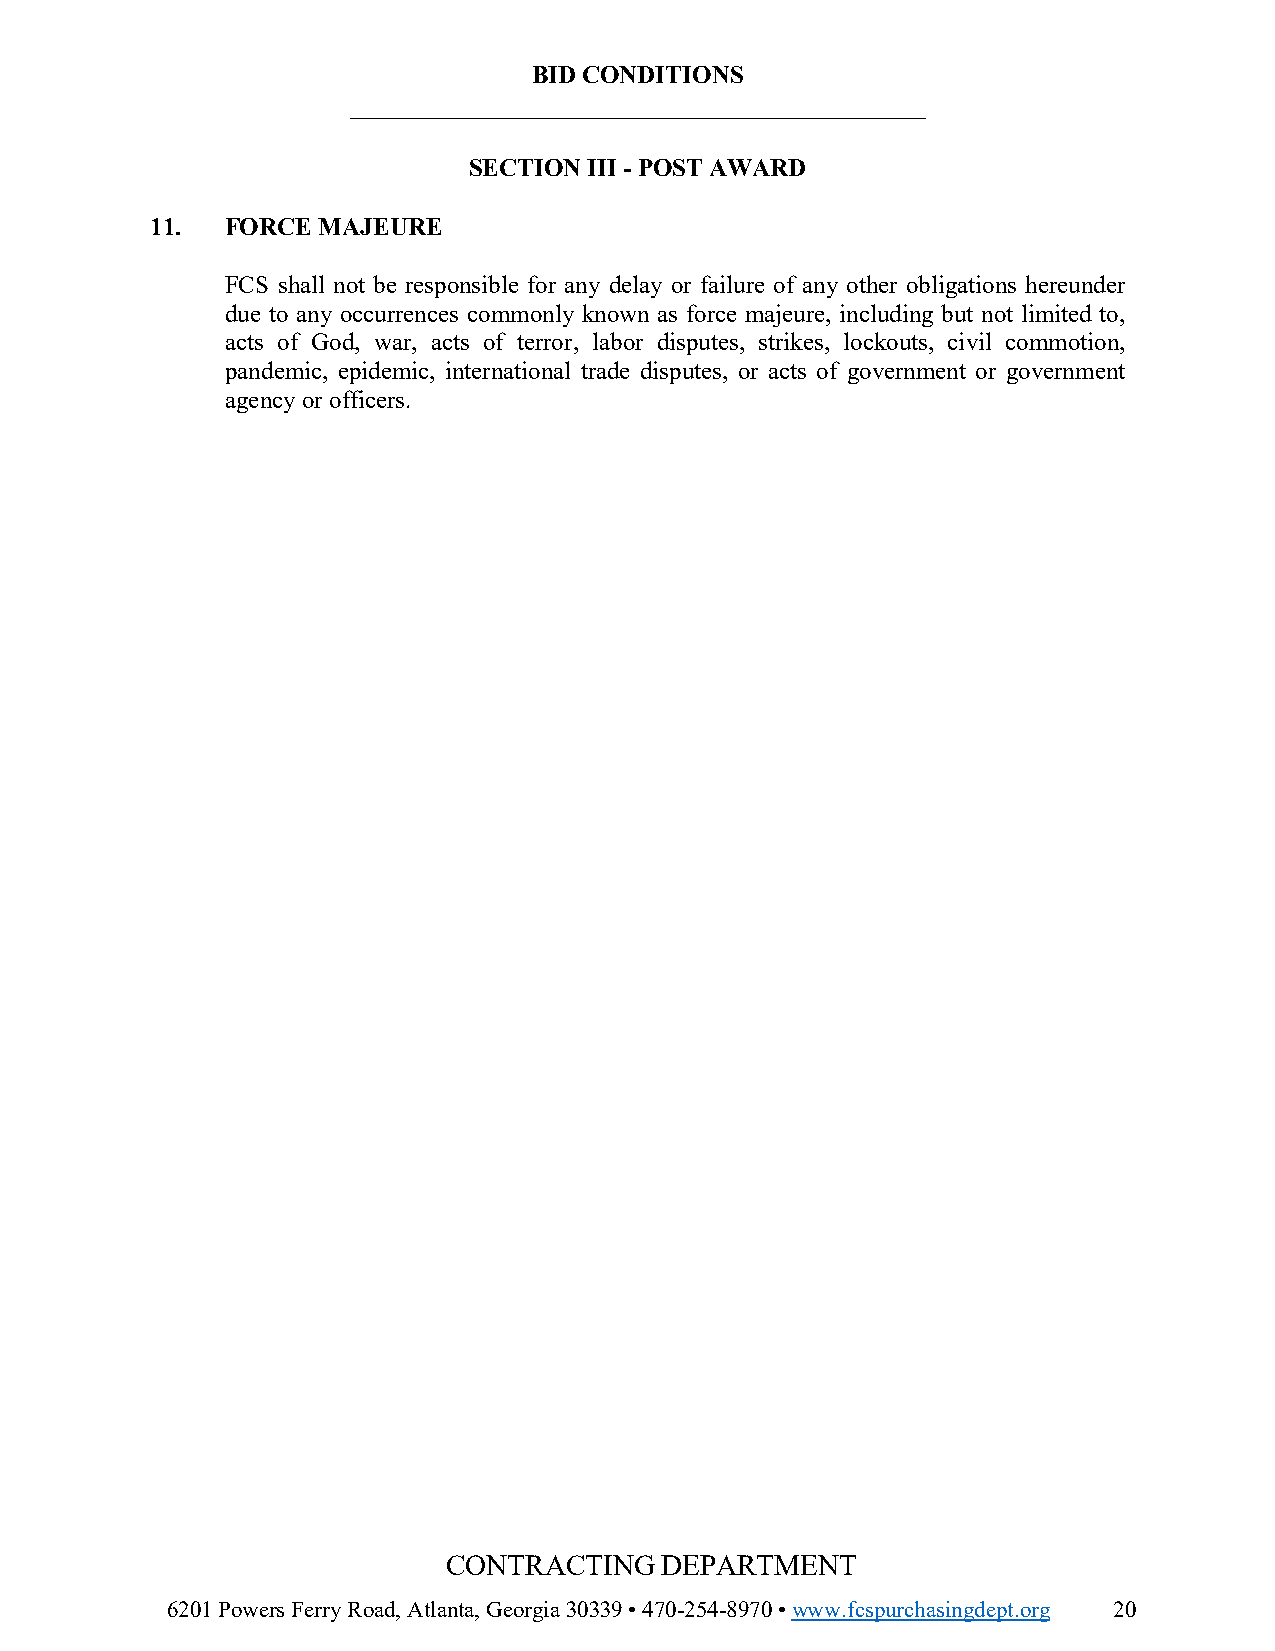
BID CONDITIONS
 ______________________________________________
 SECTION III - POST AWARD
 11.  FORCE MAJEURE
 FCS shall not be responsible for any delay or failure of any other obligations hereunder
 due to any occurrences commonly known as force majeure, including but not limited to,
 acts of God, war, acts of terror, labor disputes, strikes, lockouts, civil commotion,
 pandemic, epidemic, international trade disputes, or acts of government or government
 agency or officers.
 CONTRACTING   DEPARTMENT
 6201 Powers Ferry Road, Atlanta, Georgia 30339 • 470-254-8970 • www.fcspurchasingdept.org 20